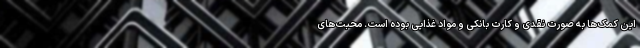
این کمک‌ها به صورت نقدی و کارت بانکی و مواد غذایی بوده است. محبت‌های